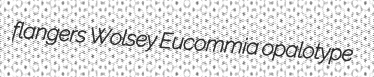
flangers Wolsey Eucommia opalotype